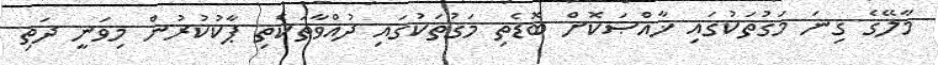
މާލޭގެ ގިނަ މަގުތަކުގައި ޚާއްޞަކޮށް ބޮޑެތި މަގުތަކުގައި ދުއްވާތަކެތި ޕާކުކުރުން މިވަނީ ދަތި